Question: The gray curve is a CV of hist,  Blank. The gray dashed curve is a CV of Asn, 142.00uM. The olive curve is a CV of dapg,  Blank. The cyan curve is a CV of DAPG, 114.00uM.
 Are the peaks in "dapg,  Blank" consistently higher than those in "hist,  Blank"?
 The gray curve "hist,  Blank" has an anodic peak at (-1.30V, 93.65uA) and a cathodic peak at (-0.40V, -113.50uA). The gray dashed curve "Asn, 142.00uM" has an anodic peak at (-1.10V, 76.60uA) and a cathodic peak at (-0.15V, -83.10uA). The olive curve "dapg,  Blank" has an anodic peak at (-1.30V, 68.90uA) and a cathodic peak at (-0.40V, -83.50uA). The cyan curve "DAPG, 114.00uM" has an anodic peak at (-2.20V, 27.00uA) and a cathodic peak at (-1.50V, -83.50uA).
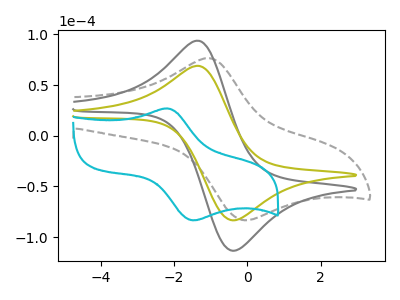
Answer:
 <answer>Every peak in "dapg,  Blank" is lower than every peak in "hist,  Blank".</answer>
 <eval>lower</eval>